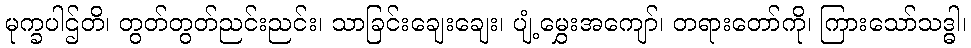
မုက္ခပါဌ်တိ၊ တွတ်တွတ်ညင်းညင်း၊ သာခြင်းချေးချေး၊ ပျံ့မွှေးအကျော်၊ တရားတော်ကို၊ ကြားသော်သဒ္ဓါ၊